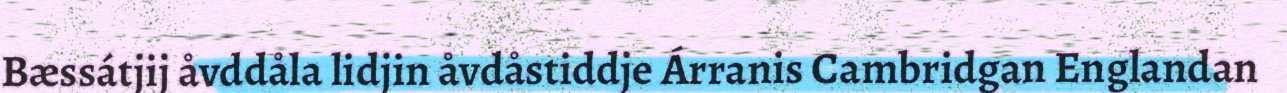
Bæssátjij åvddåla lidjin åvdåstiddje Árranis Cambridgan Englandan